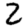
Digit: 2